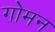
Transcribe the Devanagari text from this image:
गोमन